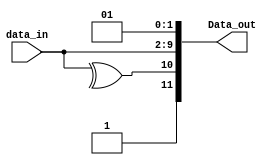
module parity(data_in, Data_out);
input [7:0]data_in; 
output [11:0]Data_out;
//Parity with data_in inputs and data_out outputs

//assign the variables to hold the parity bit
wire parity_bit;

//Dat_out has stop bit, start bit, data_in, parity bit and stop bit
assign parity_bit =^data_in;
assign Data_out = {1'b1,parity_bit,data_in,1'b0,1'b1};
endmodule